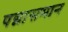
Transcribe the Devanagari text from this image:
पद्मासमान